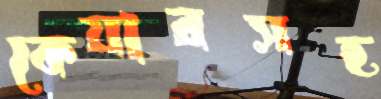
কেয়ারসহ